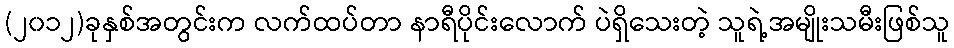
(၂၀၁၂)ခုနှစ်အတွင်းက လက်ထပ်တာ နာရီပိုင်းလောက် ပဲရှိသေးတဲ့ သူရဲ့အမျိုးသမီးဖြစ်သူ